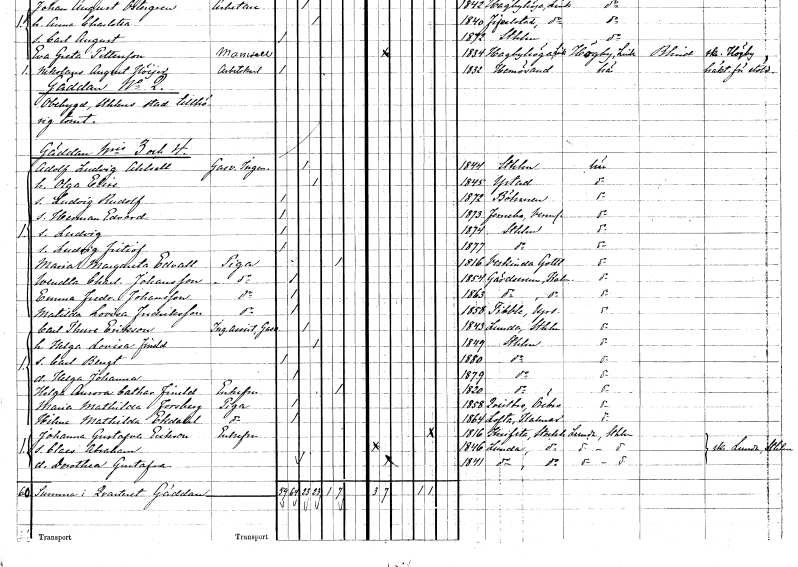
gt_parse: households: individuals: FN: Adolf Ludvig
EN: Ahlsell
YRKE: Gasverksingenjör
KON: M
CIV: G
FODAR: 1844
FODFORS: Stockholm
FN: Olga Elise
KON: K
CIV: G
FODAR: 1845
FODFORS: Ystad Malmöhus län
FN: Ludvig Rudolf
KON: M
CIV: O
FODAR: 1872
FN: Herman Edvard
KON: M
CIV: O
FODAR: 1873
FODFORS: Färnebo Värmlands län
FN: Ludvig
KON: M
CIV: O
FODAR: 1874
FODFORS: Stockholm
FN: Ludvig Fritiof
KON: M
CIV: O
FODAR: 1877
FODFORS: Stockholm
FN: Maria Margareta
EN: Edvall
YRKE: Piga
KON: K
CIV: E
FODAR: 1816
FODFORS: Väskinde Gotlands län
FN: Wendla Charlotta
EN: Johansson
YRKE: Piga
KON: K
CIV: O
FODAR: 1854
FODFORS: Gärdserum Östergötlands län
FN: Emma Fredrika
EN: Johansson
YRKE: Piga
KON: K
CIV: O
FODAR: 1863
FODFORS: Gärdserum Östergötlands län
FN: Matilda Lovisa
EN: Fredriksson
YRKE: Piga
KON: K
CIV: O
FODAR: 1858
FODFORS: Tibble Uppsala län
FN: Carl Thure
EN: Eriksson
YRKE: Ingenjörsassistent vid Gasverkerket
KON: M
CIV: G
FODAR: 1843
FODFORS: Lunda Stockholms län
FN: Helga Lovisa
EN: Fineld
KON: K
CIV: G
FODAR: 1849
FODFORS: Stockholm
FN: Carl Bengt
KON: M
CIV: O
FODAR: 1880
FODFORS: Stockholm
FN: Helga Johanna
KON: K
CIV: O
FODAR: 1879
FODFORS: Stockholm
FN: Helga Aurora Catharina
EN: Fineld
KON: K
CIV: E
FODAR: 1820
FODFORS: Stockholm
FN: Maria Mathilda
EN: Forsberg
YRKE: Piga
KON: K
CIV: O
FODAR: 1858
FODFORS: Kvistbro Örebro län
FN: Hilma Mathilda
EN: Ekdahl
YRKE: Piga
KON: K
CIV: O
FODAR: 1864
FODFORS: Lofta Kalmar län
FN: Johanna Gustafva
EN: Eriksson
KON: K
CIV: E
FODAR: 1816
FODFORS: Knivsta Uppsala län
FN: Claes Abraham
KON: M
CIV: O
FODAR: 1846
FODFORS: Lunda Stockholms län
FN: Dorothea Gustafva
KON: K
CIV: O
FODAR: 1841
FODFORS: Lunda Stockholms län